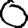
Digit: 0